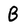
Character: B